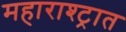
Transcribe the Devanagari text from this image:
महाराश्ट्रात